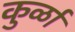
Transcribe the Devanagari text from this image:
कुर्ळा